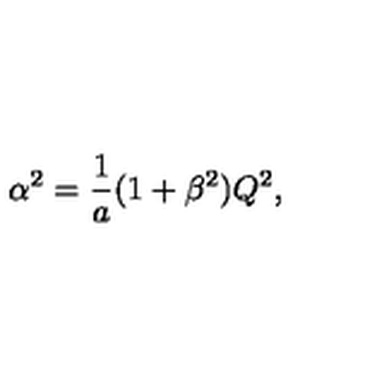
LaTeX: \alpha ^ { 2 } = { \frac { 1 } { a } } ( 1 + \beta ^ { 2 } ) Q ^ { 2 } ,